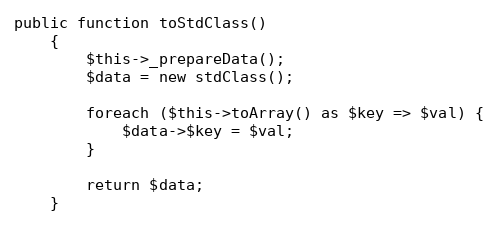
Language: PHP
public function toStdClass()
    {
        $this->_prepareData();
        $data = new stdClass();

        foreach ($this->toArray() as $key => $val) {
            $data->$key = $val;
        }

        return $data;
    }